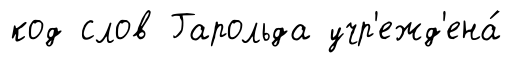
код слов Гарольда учр'ежд'ена́